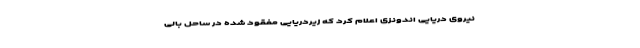
نیروی دریایی اندونزی اعلام کرد که زیردریایی مفقود شده در ساحل بالی